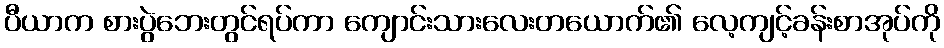
ပီယာက စားပွဲဘေးတွင်ရပ်ကာ ကျောင်းသားလေးတယောက်၏ လေ့ကျင့်ခန်းစာအုပ်ကို